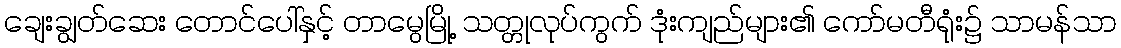
ချေးချွတ်ဆေး တောင်ပေါ်နှင့် တာမွေမြို့ သတ္တုလုပ်ကွက် ဒုံးကျည်များ၏ ကော်မတီရုံး၌ သာမန်သာ